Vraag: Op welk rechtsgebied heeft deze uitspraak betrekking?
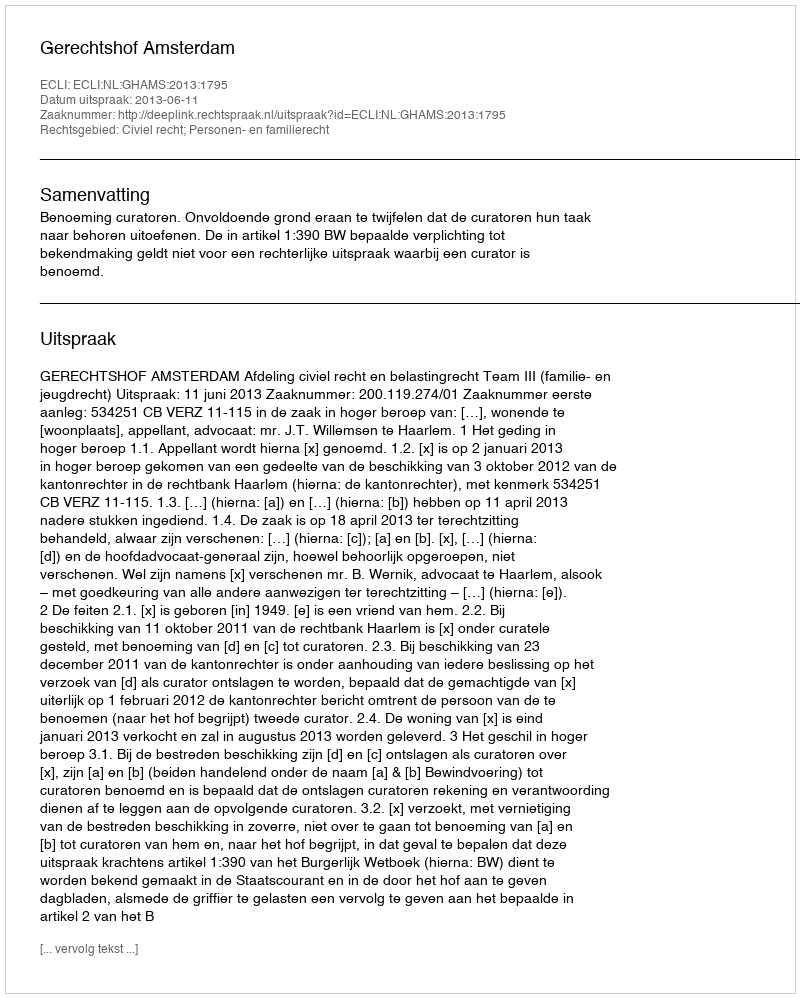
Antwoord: Civiel recht; Personen- en familierecht